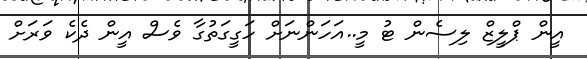
އީން ޕްލީޒް ލިސެން ޓު މީ..އަހަންނަށް ހަގީގަތުގާ ވެސް އީން ދެކެ ވަރަށް